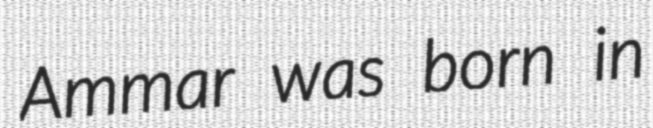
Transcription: Ammar was born in